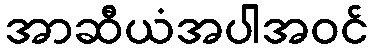
အာဆီယံအပါအဝင်